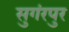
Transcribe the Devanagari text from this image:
सुगंरपुर